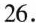
26.